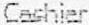
CASHIER